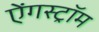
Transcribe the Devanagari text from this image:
ऐंगस्ट्रॉम